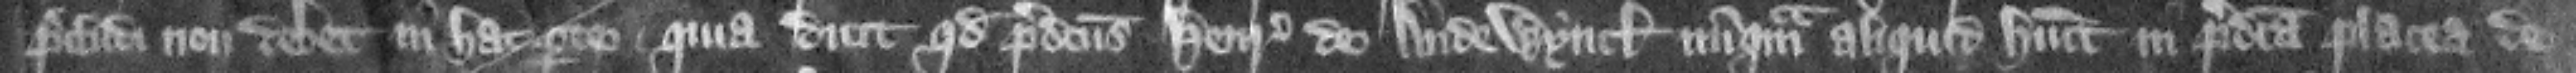
precludi non debet in hac parte. Quia dicit quod predicts Henricus de Audewyncle nunquam aliquid habuit in predicta placea de